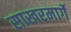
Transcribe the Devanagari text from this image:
साखरमार्गे